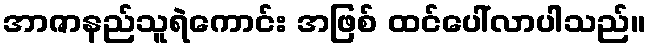
အာဇာနည်သူရဲကောင်း အဖြစ် ထင်ပေါ်လာပါသည်။